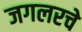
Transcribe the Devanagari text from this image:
जगलरचे